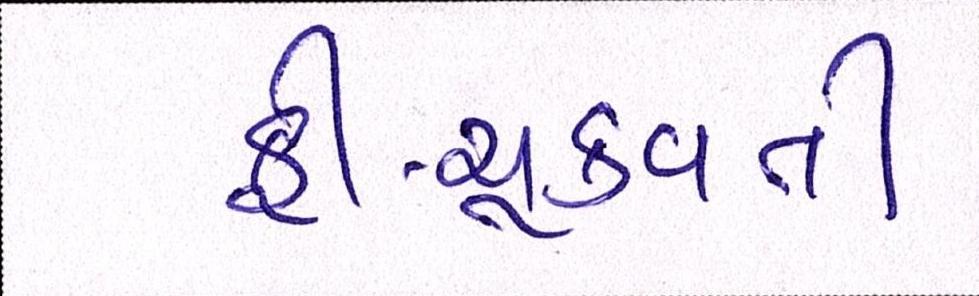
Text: ફી-ચૂકવતી